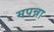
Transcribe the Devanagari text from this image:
मपन्ना